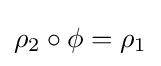
\rho _{2}\circ \phi =\rho _{1}